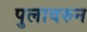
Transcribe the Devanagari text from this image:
पुलावरुन